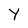
Character: Y